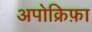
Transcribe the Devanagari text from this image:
अपोक्रिफ़ा